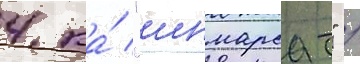
4 ка́ "инмарсат" /